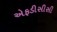
એફડીસીસી